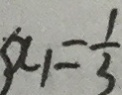
( x _ { 1 } = \frac { 1 } { 3 }